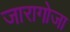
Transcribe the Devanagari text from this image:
जारागोजा